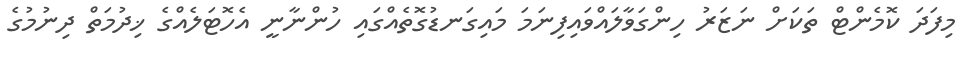
މިފަދަ ކޮމެންޓް ތަކަށް ނަޒަރު ހިންގަވާލައްވައިފިނަމަ މައިގަނޑުގޮތެއްގައި ހުންނާނީ އެހޮޓަލެއްގެ ޚިދުމަތް ދިނުމުގެ